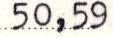
50,59